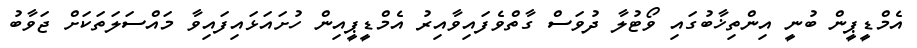
އެމްޑީޕީން ބުނީ އިންތިޚާބުގައި ވޯޓުލާ ދުވަސް ގާތްވެފައިވާއިރު އެމްޑީޕީއިން ހުށައަޅައިފައިވާ މައްސަލަތަކަށް ޖަވާބު